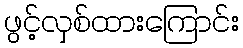
ဖွင့်လှစ်ထားကြောင်း